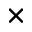
\times